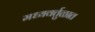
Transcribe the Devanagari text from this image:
मध्यवर्तुळात